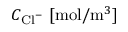
C _ { \mathrm { C l } ^ { - } } \; [ \mathrm { m o l } / \mathrm { m } ^ { 3 } ]